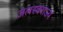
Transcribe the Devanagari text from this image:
जलस्वराज्य